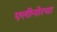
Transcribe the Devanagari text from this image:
एलीनोरचा